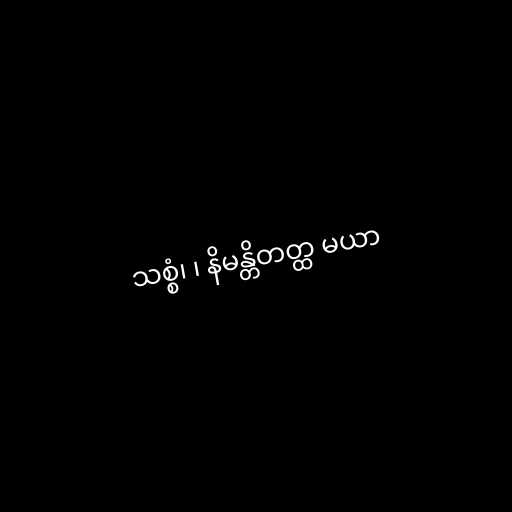
သစ္စံ၊ ၊ နိမန္တိတတ္ထ မယာ